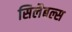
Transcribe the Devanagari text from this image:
सिलैबल्स